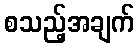
စသည့်အချက်